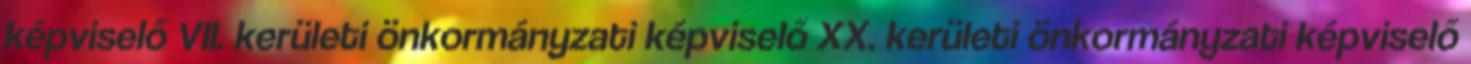
képviselő VII. kerületi önkormányzati képviselő XX. kerületi önkormányzati képviselő